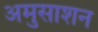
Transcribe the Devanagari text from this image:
अमुसाशन